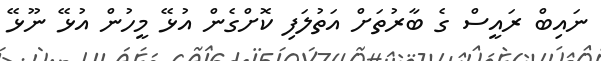
ނައިބް ރައީސް ގެ ބާރުތަށް އަތުލަފި ކޮށްގެން އުޅޭ މީހުން އުޅޭ ނޫޅޭ